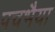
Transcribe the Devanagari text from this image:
पचभैया